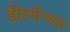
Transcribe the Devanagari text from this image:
डीस्मैन्थस